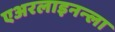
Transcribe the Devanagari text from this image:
एअरलाइनन्ला